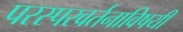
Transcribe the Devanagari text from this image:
परस्परवर्तनाविषयी